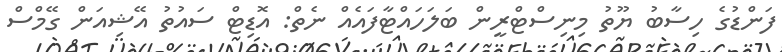
ފަންޑުގެ ހިސާބު ޔޫތު މިނިސްޓްރީން ބަލަހައްޓާފައެއް ނެތް: އޮޑިޓް ސައުތު އޭޝިއަން ގޭމްސް